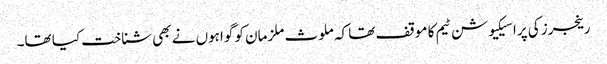
رینجرز کی پراسیکیوشن ٹیم کا موقف تھا کہ ملوث ملزمان کو گواہوں نے بھی شناخت کیا تھا۔